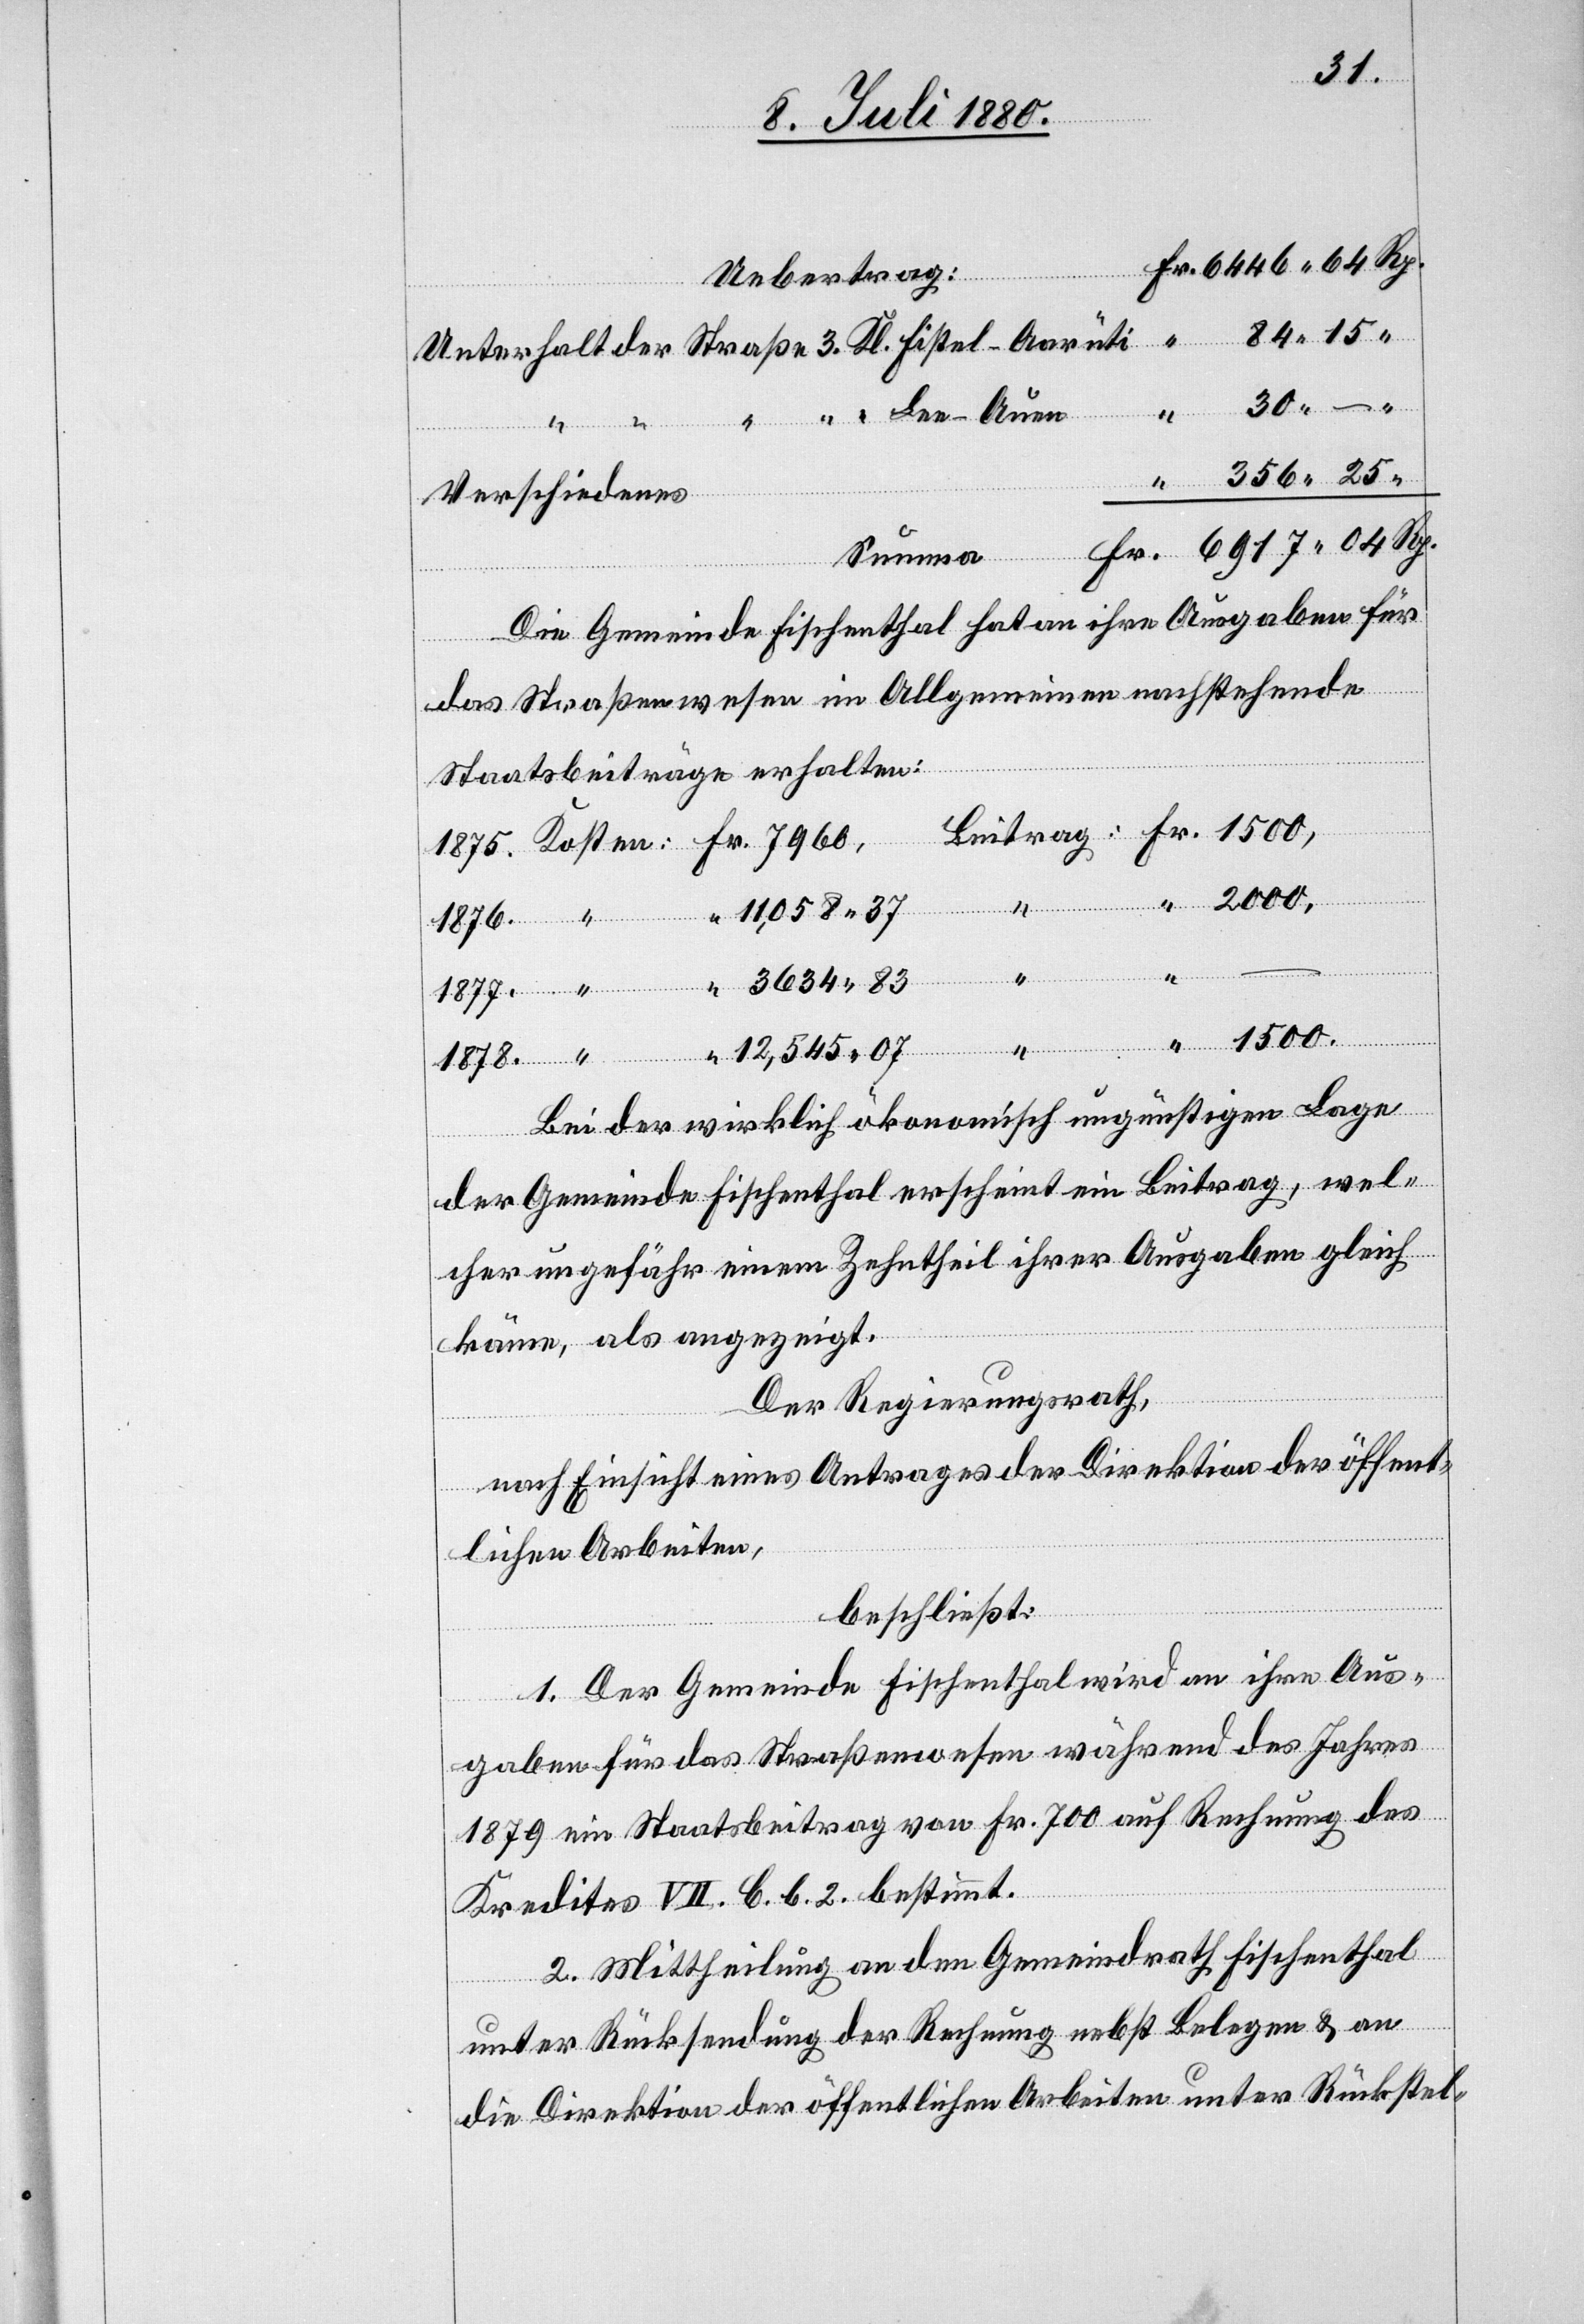
Fr.
Uebertrag:
Verschiedenes
Die Gemeinde Fischenthal hat an ihre Ausgaben für
“
das Straßenwesen im Allgemeinen nachstehende
Staatsbeiträge erhalten:
Lee–Auen
11,058 37
1876.
Beitrag:
12,545 07
Bei der wirklich ökonomisch ungünstigen Lage
der Gemeinde Fischenthal erscheint ein Beitrag, wel¬
cher ungefähr einem Zehntheil ihrer Ausgaben gleich
käme, als angezeigt.
Der Regierungsrath,
nach Einsicht eines Antrages der Direktion der öffent¬
lichen Arbeiten,
beschließt:
1. Der Gemeinde Fischenthal wird an ihre Aus¬
gaben für das Straßenwesen während des Jahres
1879 ein Staatsbeitrag von Fr. 700 auf Rechnung des
Kredites VII. B. b. 2. bestimmt.
2. Mittheilung an den Gemeindrath Fischenthal
unter Rücksendung der Rechnung nebst Belegen & an
die Direktion der öffentlichen Arbeiten unter Rückstel-